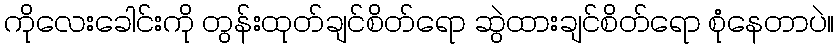
ကိုလေးခေါင်းကို တွန်းထုတ်ချင်စိတ်ရော ဆွဲထားချင်စိတ်ရော စုံနေတာပဲ။